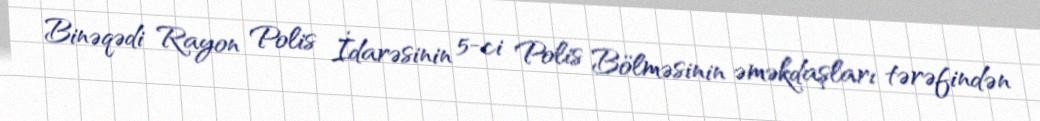
Binəqədi Rayon Polis İdarəsinin 5-ci Polis Bölməsinin əməkdaşları tərəfindən